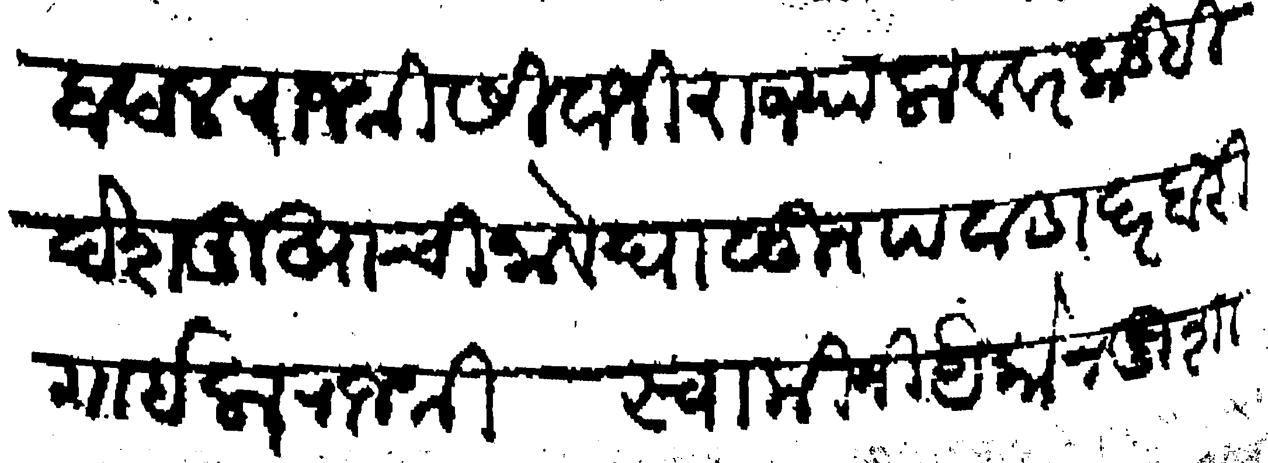
Transliteration (Devanagari): बांदल राजश्री सीवाजी राज्याला व वरकडही देशमुखाची नावे घाळुन पवाडा दरबारी गाईला राजश्री स्वामीनी यैकोन खुशा